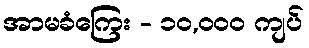
အာမခံကြေး - ၁၀,၀၀၀ ကျပ်